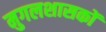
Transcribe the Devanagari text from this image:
मुगलशासकों